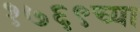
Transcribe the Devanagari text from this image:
१७६९च्या